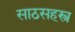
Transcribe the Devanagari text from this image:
साठसहस्त्र